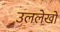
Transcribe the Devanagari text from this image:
उललेखों